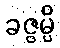
ခဇ္ဇမ္ပိ